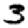
Digit: 3